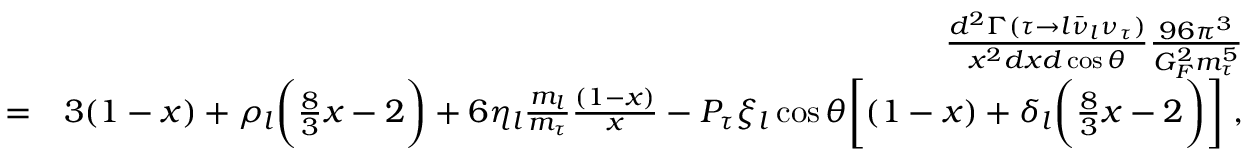
\begin{array} { r l r } & { } & { { \frac { d ^ { 2 } \Gamma ( \tau \to l \bar { \nu } _ { l } \nu _ { \tau } ) } { x ^ { 2 } d x d \cos \theta } } { \frac { 9 6 \pi ^ { 3 } } { G _ { F } ^ { 2 } m _ { \tau } ^ { 5 } } } } \\ & { = } & { 3 ( 1 - x ) + \rho _ { l } \bigg ( { \frac { 8 } { 3 } } x - 2 \bigg ) + 6 \eta _ { l } { \frac { m _ { l } } { m _ { \tau } } } { \frac { ( 1 - x ) } { x } } - P _ { \tau } \xi _ { l } \cos \theta \bigg [ ( 1 - x ) + \delta _ { l } \bigg ( { \frac { 8 } { 3 } } x - 2 \bigg ) \bigg ] \; , } \end{array}